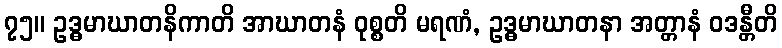
၇၅။ ဥဒ္ဓမာဃာတနိကာတိ အာဃာတနံ ဝုစ္စတိ မရဏံ, ဥဒ္ဓမာဃာတနာ အတ္တာနံ ဝဒန္တီတိ